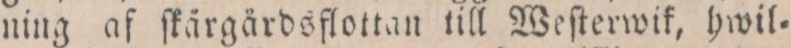
ning af ſkärgärdsflottan till Weſterwik, hwil=